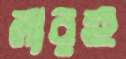
লারহু